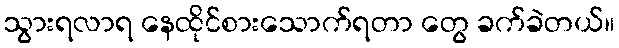
သွားရလာရ နေထိုင်စားသောက်ရတာ တွေ ခက်ခဲတယ်။